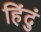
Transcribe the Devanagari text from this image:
हिंदुं